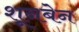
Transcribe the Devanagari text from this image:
शूनबेन